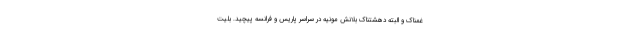
غمناک و البته دهشتناک بلانش مونیه در سراسر پاریس و فرانسه پیچید. بلیت‌